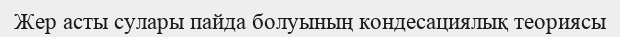
Жер асты сулары пайда болуының кондесациялық теориясы